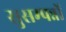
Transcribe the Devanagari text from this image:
सुसम्पन्नों